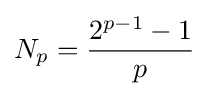
{\displaystyle N_{p}={\frac {2^{p-1}-1}{p}}}